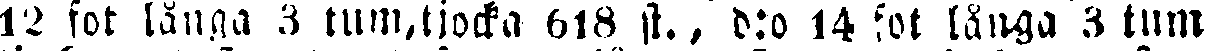
12 fot långa 3 tum,tjocka 619 st., d:o 14 fot långa 3 tum